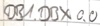
Text: DB1.DBX0.0